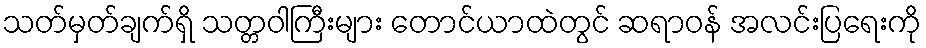
သတ်မှတ်ချက်ရှိ သတ္တဝါကြီးများ တောင်ယာထဲတွင် ဆရာဝန် အလင်းပြရေးကို